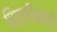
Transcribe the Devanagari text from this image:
चित्रशिखंडी